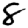
Digit: 8